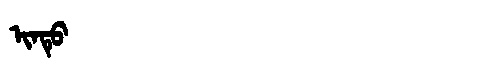
Manchu: ᡳᠨᡨᡠ
Romanization: INTU